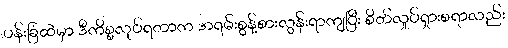
ပန်းခြံထဲမှာ ဒီကိစ္စလုပ်ရတာက အရမ်းစွန့်စားလွန်းရာကျပြီး စိတ်လှုပ်ရှားစရာလည်း